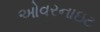
ઓવરનાઇટ